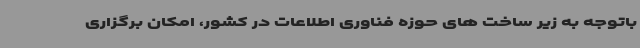
باتوجه به زیر ساخت های حوزه فناوری اطلاعات در کشور، امکان برگزاری